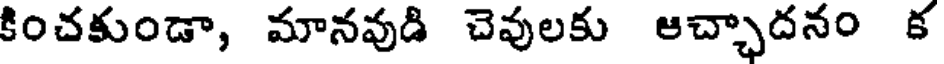
కించకుండా, మానవుడి చెవులకు ఆచ్ఛాదనం క